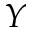
Y